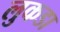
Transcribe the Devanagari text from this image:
लुकडा